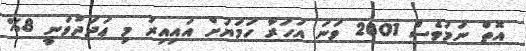
އޮތް ނަމަވެސް 2001 ވަނަ އަހަރާ ހަމަޔަށް އައިއިރު މި ޢަދަދުވަނީ 8%